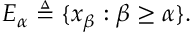
E _ { \alpha } \triangleq \{ x _ { \beta } : \beta \geq \alpha \} .